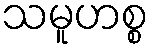
သမူဟစ္စ